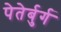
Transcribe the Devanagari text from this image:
पेतेर्बुर्ग